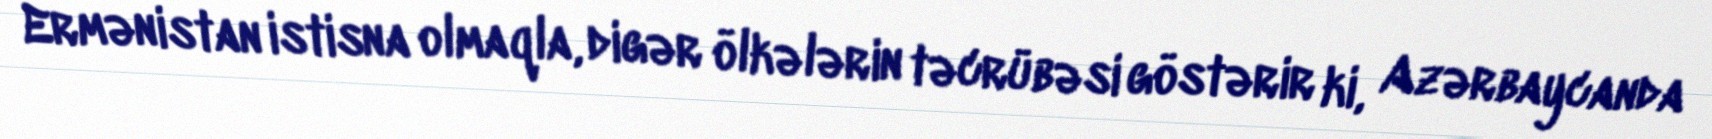
Ermənistan istisna olmaqla, digər ölkələrin təcrübəsi göstərir ki, Azərbaycanda